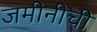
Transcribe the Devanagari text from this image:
जमीनीची